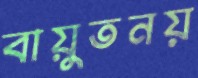
বায়ুতনয়